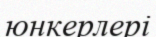
юнкерлері